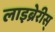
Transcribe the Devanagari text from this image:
लाइब्रेरीस्